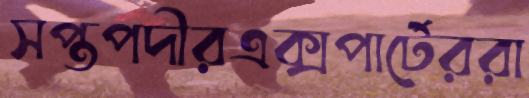
সপ্তপদীরএক্সপার্টেররা